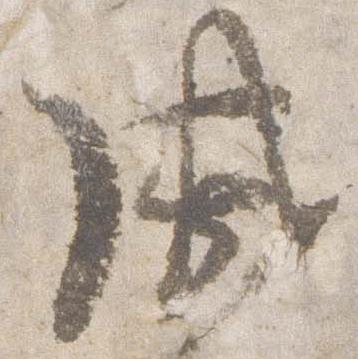
威